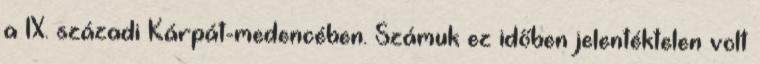
a IX. századi Kárpát-medencében. Számuk ez időben jelentéktelen volt